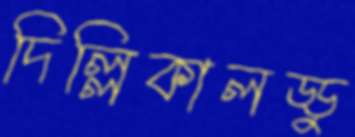
দিল্লিকালড্ডু